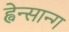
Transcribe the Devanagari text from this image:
ह्वेन्सान्ग